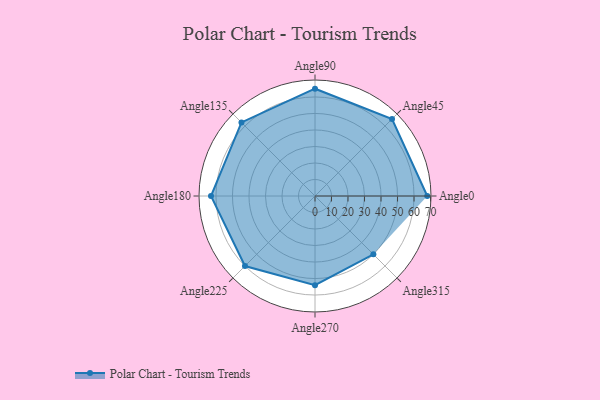
{"axis": {"x": "Angle", "y": "Radius"}, "legend": [""], "data": [{"x": "Angle0", "y": 68.0, "type": ""}, {"x": "Angle45", "y": 66.0, "type": ""}, {"x": "Angle90", "y": 65.0, "type": ""}, {"x": "Angle135", "y": 63.0, "type": ""}, {"x": "Angle180", "y": 63.0, "type": ""}, {"x": "Angle225", "y": 60.0, "type": ""}, {"x": "Angle270", "y": 54.0, "type": ""}, {"x": "Angle315", "y": 50.0, "type": ""}]}